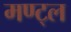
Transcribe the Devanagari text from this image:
मण्ट्ल